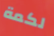
لكمة